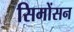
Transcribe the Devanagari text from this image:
सिमोंसन